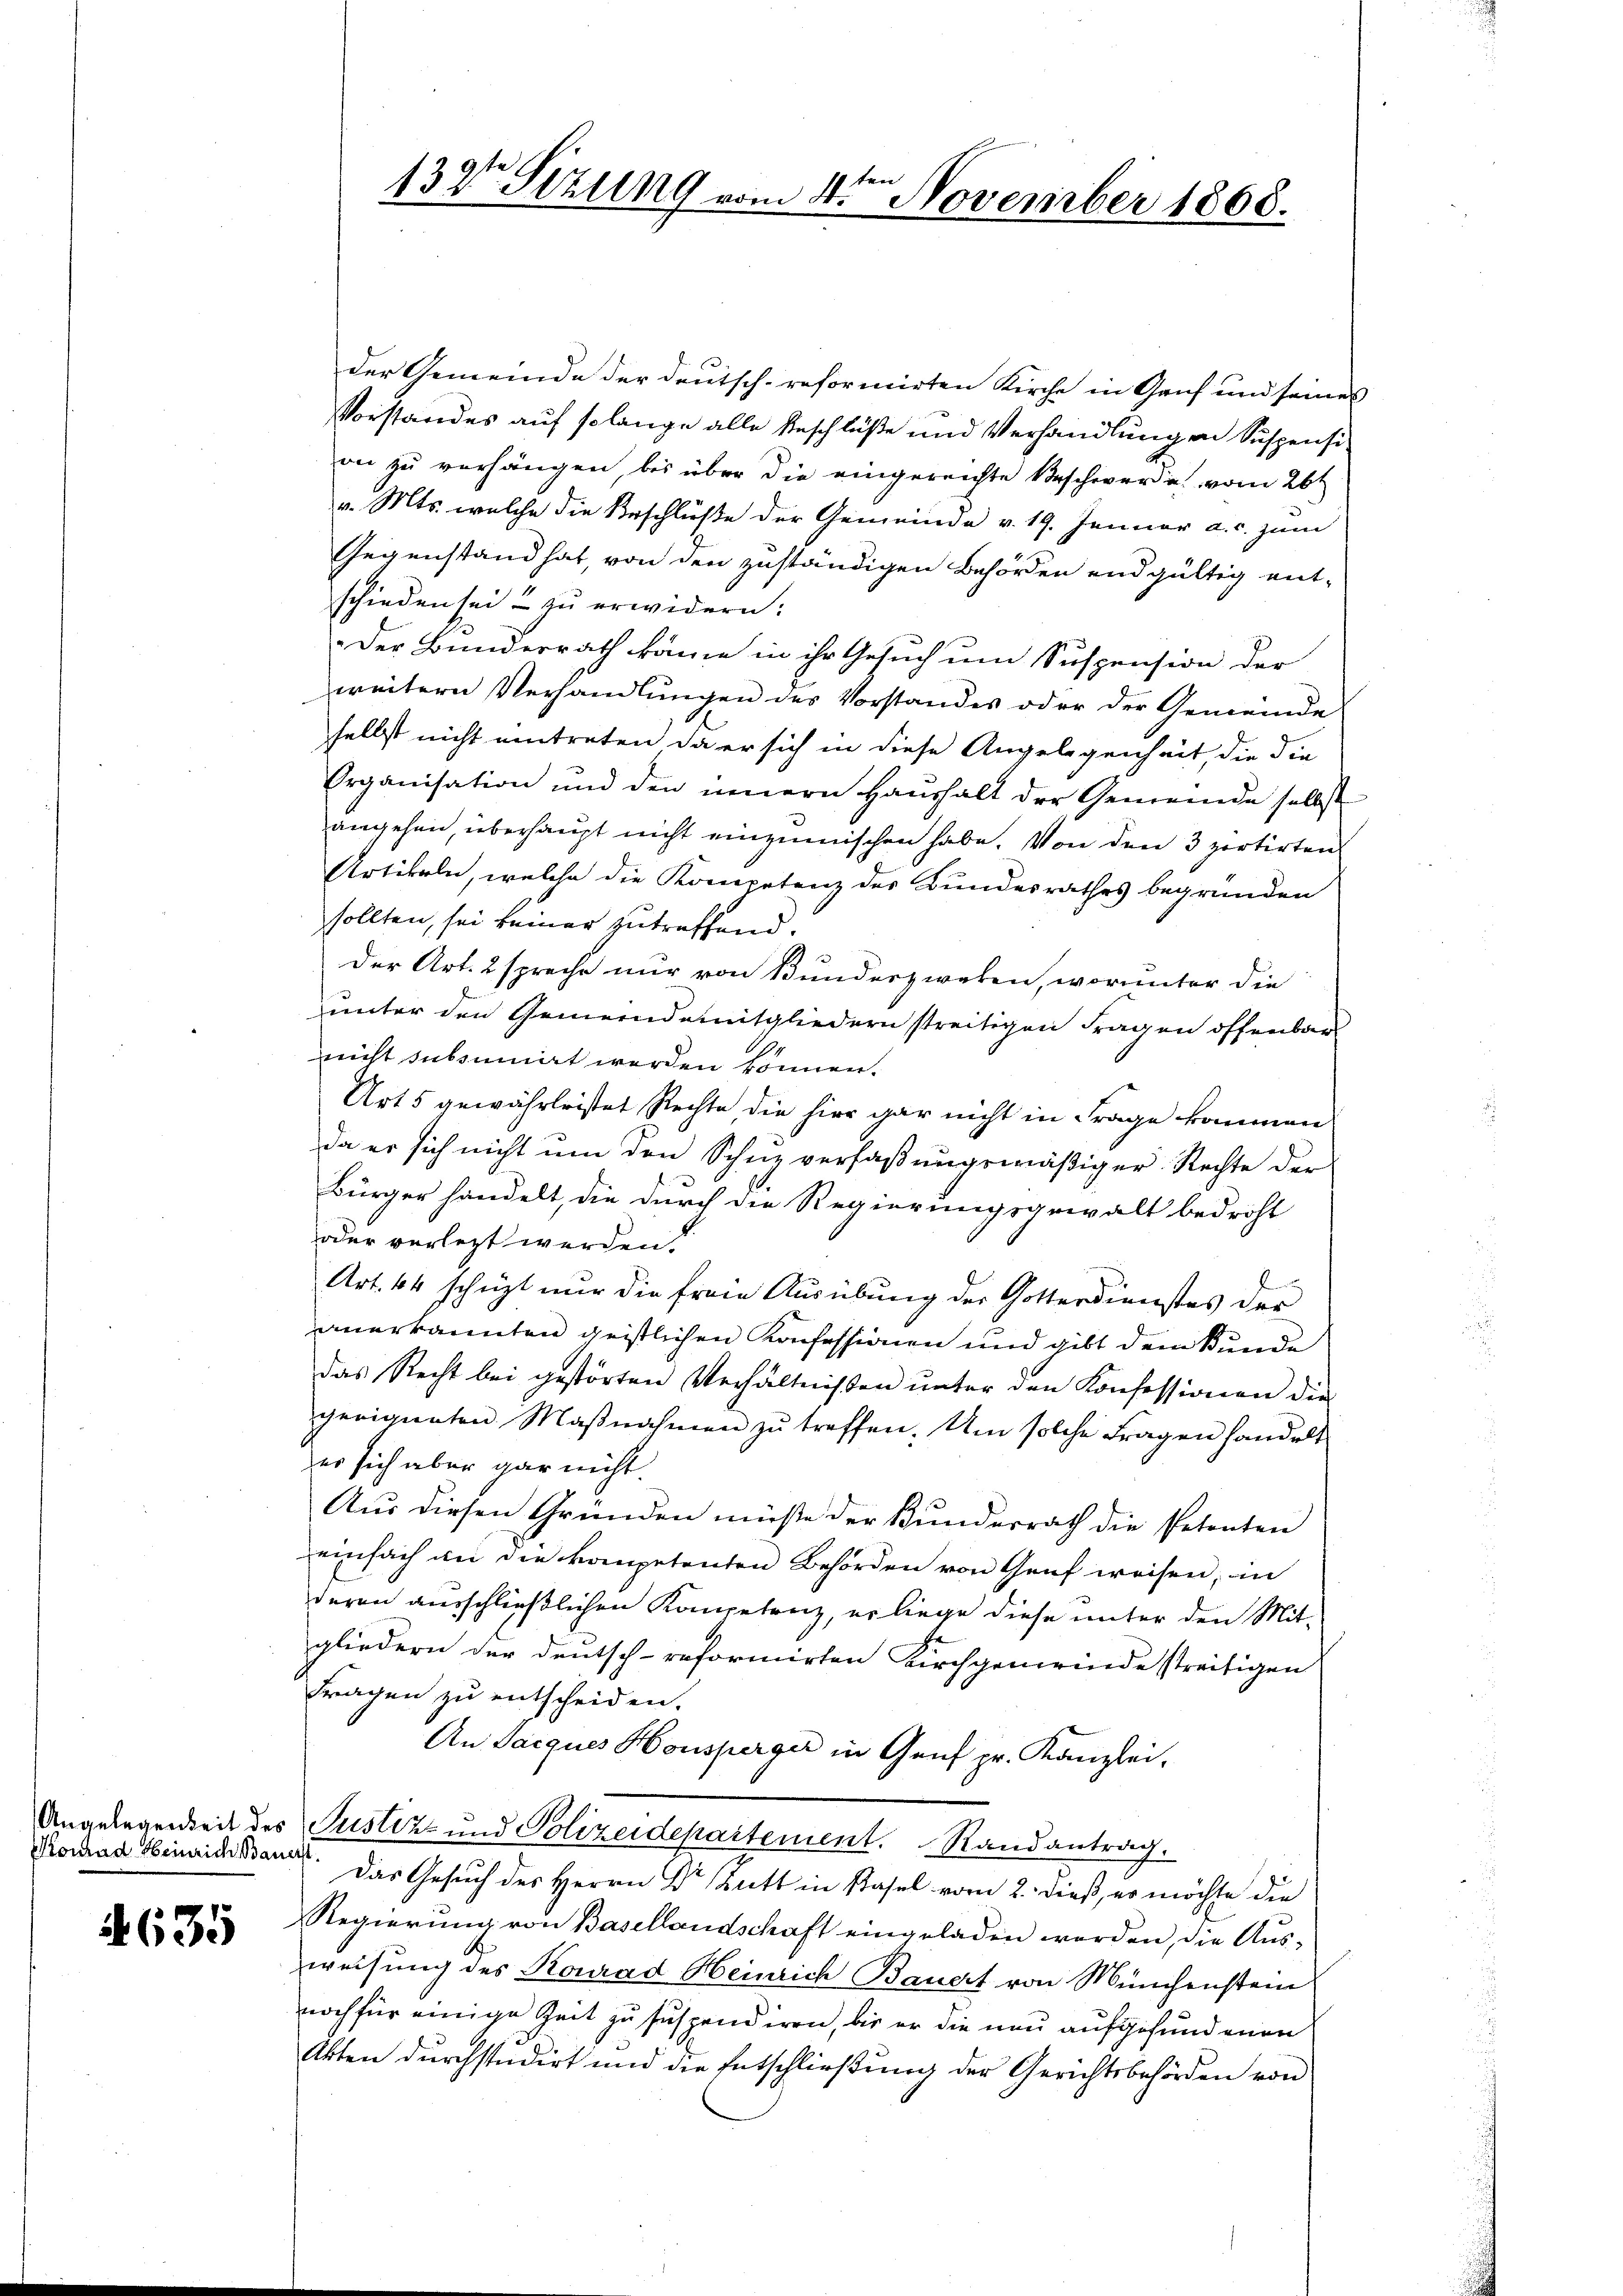
Konrad Heinrich Bauerk

1635

132 Sizung vom 4ten November 1868.

der Gemeinde der Deutsch-reformirten Kirche in Gruf und seines
Vorstandes auf solange alle Beschlüße und Verhandlung an Suspensi
on zu verhängen, bis über die eingereichte Beschwer u. vom 26t
v. Mts. welche die Beschlüße der Gemeinde v. 19. Januar a. c. zum
Gegenstand hat, von den zuständigen Behörden endgültig ent-
schieden sei u zŭ erwidern:
Der Bunderrath käme in ihr Gesuch um Suspension der
weitern Verhandlungen des Vorstandes oder der Gemeinde
selbst nicht eintreten, da er sich in diese Angelegenheit, die die
Organisation und den innern Haŭshalt der Gemeinde selbst
angehen, überhaupt nicht einzumischen habe. Von den 3 portirten
Artikeln, welche die Kompetenz des Bundesrathes begründen
sollten, sei keiner zutreffend.
Der Art. 2 spreche nur von Bunderzweken, worunter die
unter den Gemeinde mitgliedern streitigen Fragen offenbar
nicht subsumirt werden können.
Art 5 gewährleistet Rechte die hier gar nicht in Frage kommen
da er sich nicht ŭm den Schne verfaβŭngsmäßiger Rechte der
Bürger handelt, die durch die Regierungsgewalt bedroht
oder verletzt werden.
Art. 64 schützt nur die freie Ausübung der Gotterdienstes der
anerkannten geistlichen Konfessionen und gibt dem Kunde
das Recht bei gestörten Verhältnissen unter den Konfessionen die
geeigneten Maβnahmen zu treffen. Um solche Fragen handelt
er sich aber gar nicht.
Aus diesen Gründen müße der Bundesrath die Petenten
einfach an die kompetenten Behörden von Genf weisen, in
deren ausschließlichen Kompetenz, er liege diese unter den Mitgliedern der Deutsch-reformirten Kirchgemeinde streitigen
Fragen zu entscheiden.
An Sacques Honsperger in Genf pr. Kanzlei.
Angelegenheit des Justiz- und Polizeidepartement. Randantrag.
Das Gesuch des Herrn Dr Zutt in Basel vom 2. dieß, er möchte die
Regierŭng von Basellandschaft eingeladen werden, die Ausweisung des Konrad Heinrich Bauert von Münchenstein
noch für einige Zeit zu suspendiren, bis er die neu aufgefundenen
Akten durchstudirt und die Entschließung der Gerichtsbehörden von